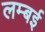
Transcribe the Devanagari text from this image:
लम्बई